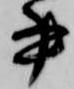
書